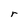
Character: r